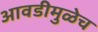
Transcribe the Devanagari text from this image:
आवडीमुळेच